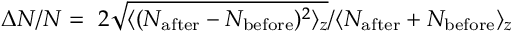
\Delta N / N = ~ 2 \sqrt { \langle ( N _ { \mathrm { a f t e r } } - N _ { \mathrm { b e f o r e } } ) ^ { 2 } \rangle _ { z } } / { \langle N _ { \mathrm { a f t e r } } + N _ { \mathrm { b e f o r e } } \rangle _ { z } }